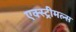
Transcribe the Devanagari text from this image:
एक्स्ट्रीमल्स